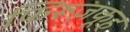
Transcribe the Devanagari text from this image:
फ़िरूज़कूह